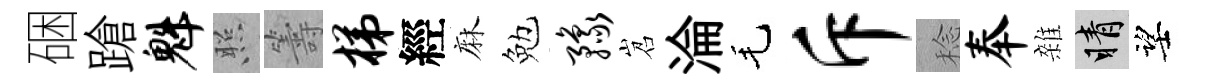
硱蹌魁照籌梯經麻勉豫岧淪毛斥稔奉雜睛望